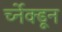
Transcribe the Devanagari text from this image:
र्च्नेक्डून